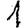
Digit: 1